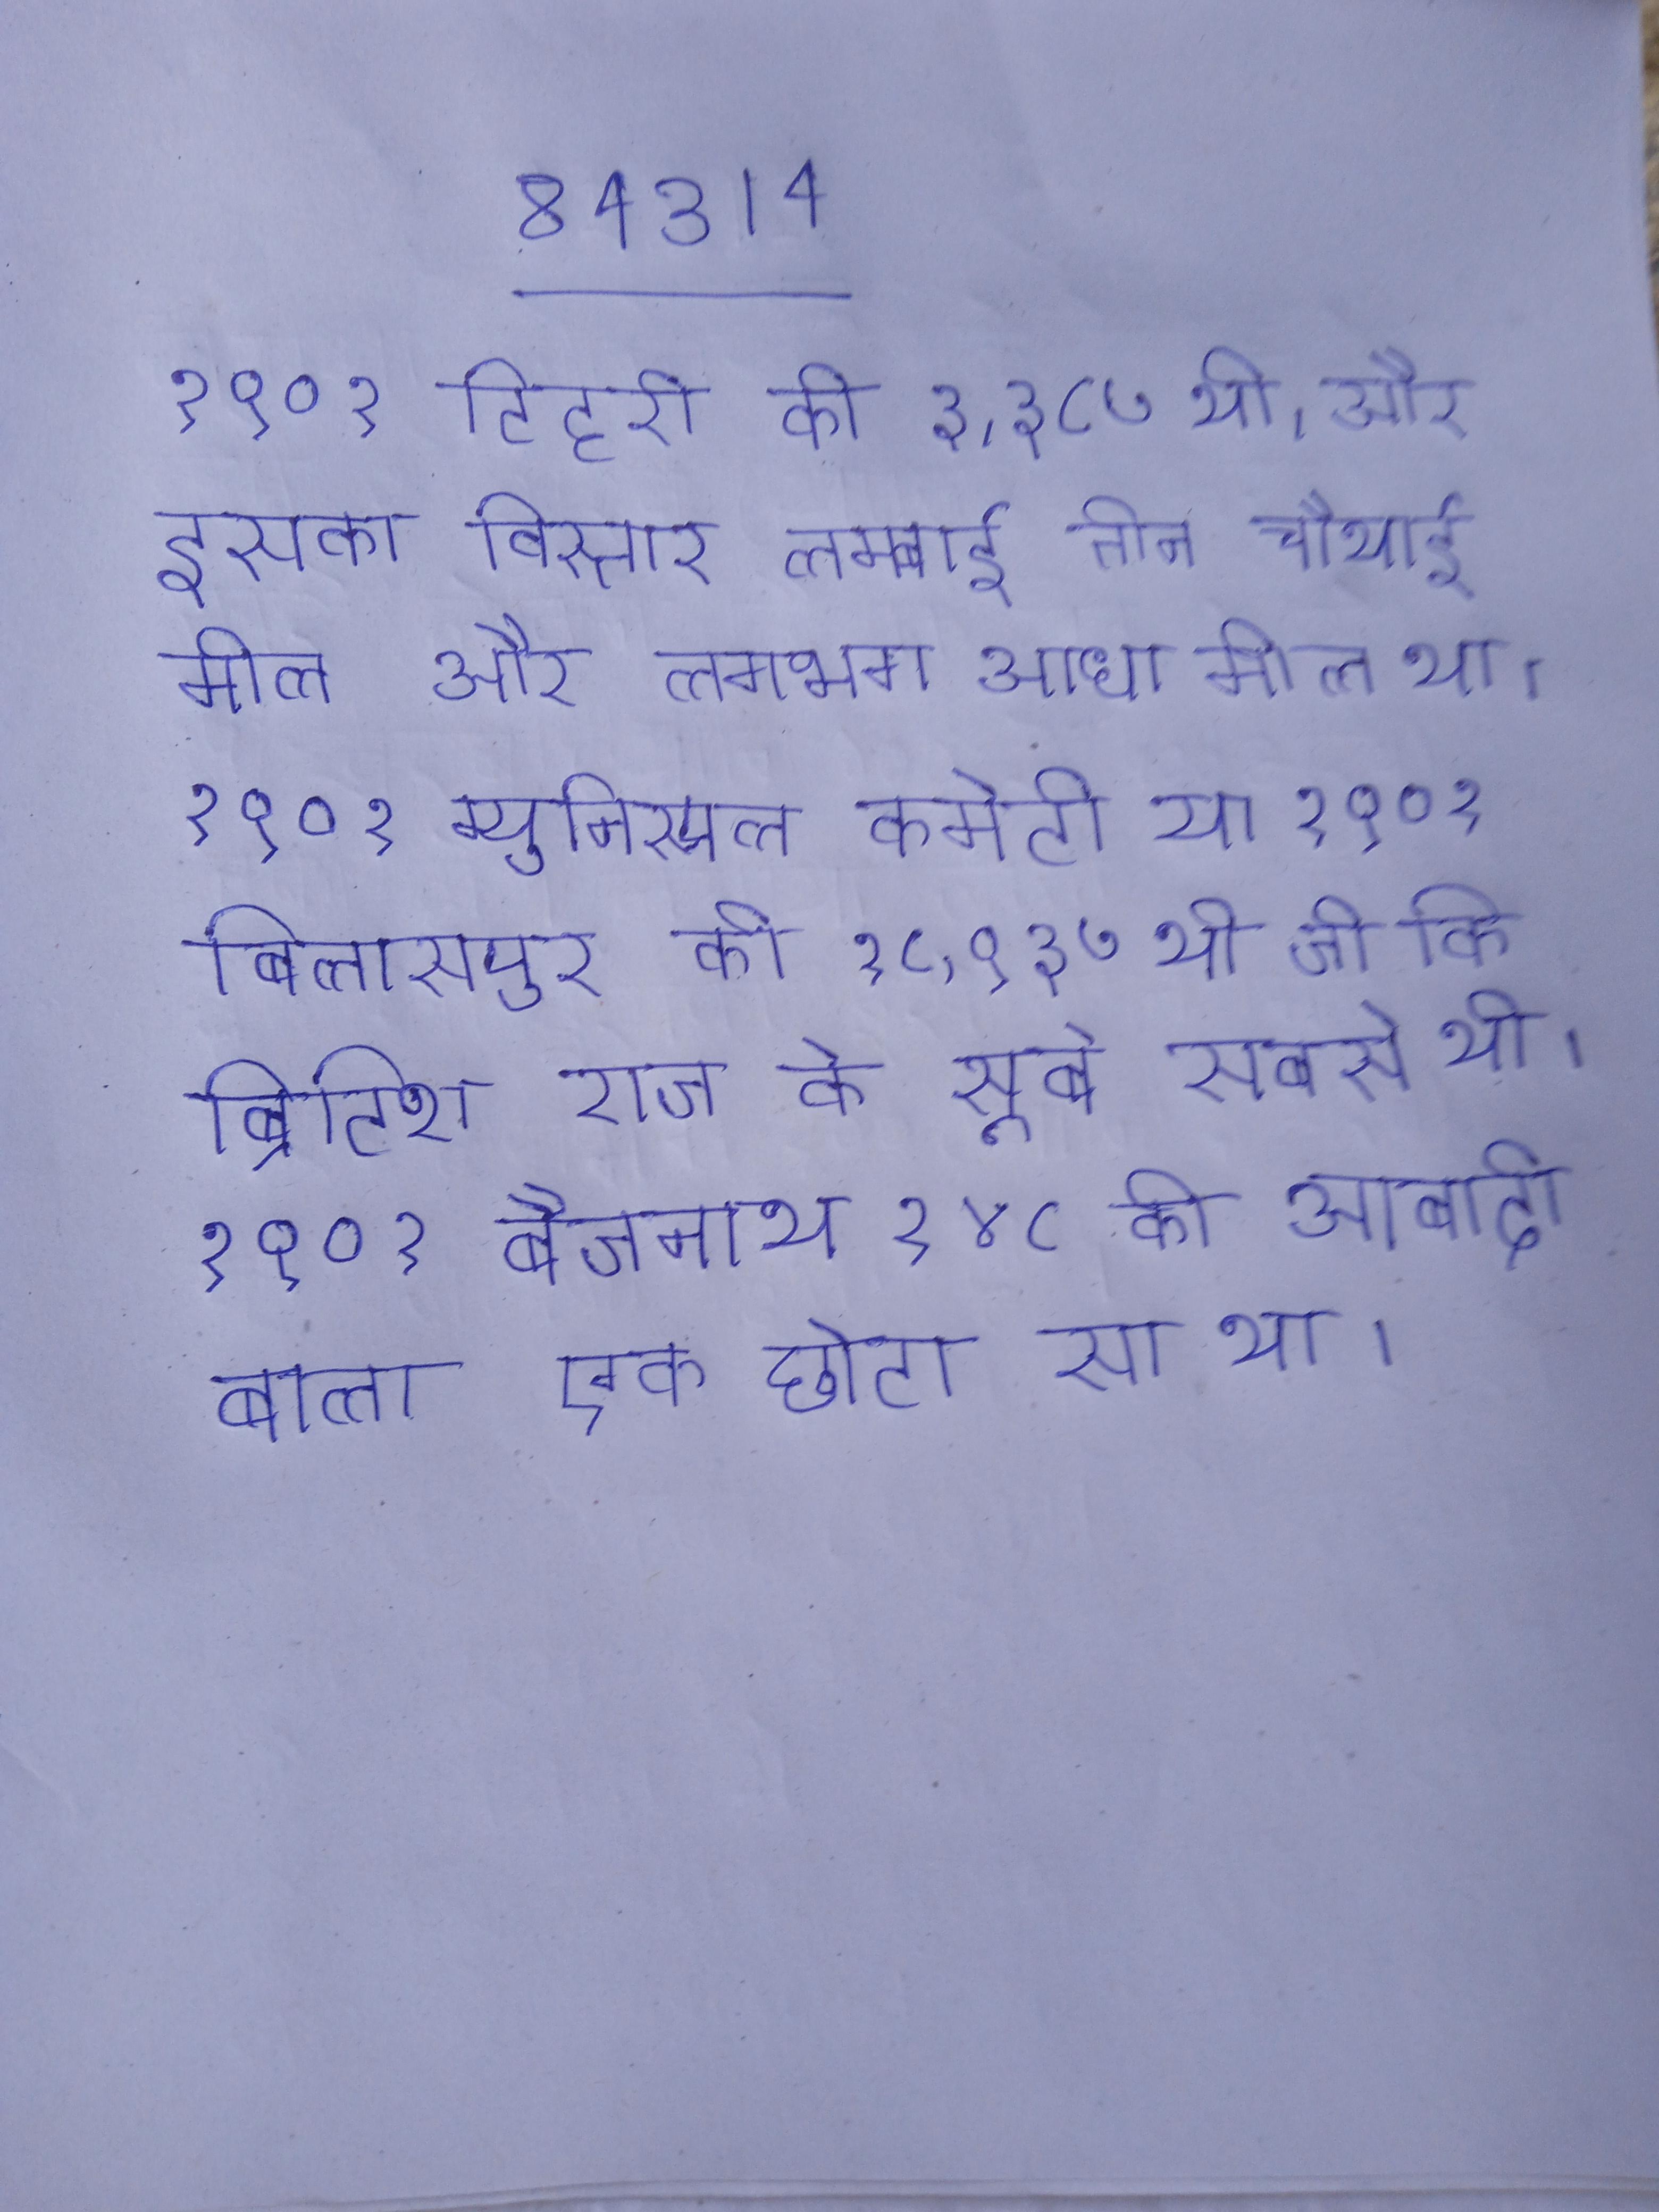
१९०१ टिहरी की ३,३८७ थी, और इसका विस्तार लम्बाई तीन चौथाई मील और लगभग आधा मील था । १९०१ म्युनिस्पल कमेटी या १९०१ बिलासपुर की १८,९३७ थी जो कि ब्रिटिश राज के सूबे सबसे थी । १९०१ बैजनाथ १४८ की आबादी वाला एक छोटा सा था ।